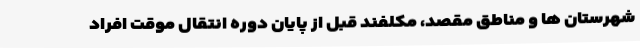
شهرستان ها و مناطق مقصد، مکلفند قبل از پایان دوره انتقال موقت افراد